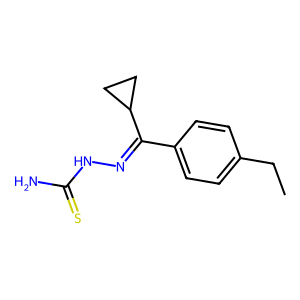
SMILES: CCc1ccc(C(=NNC(N)=S)C2CC2)cc1
Inhibits HIV replication: No